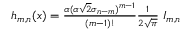
\begin{array} { r } { h _ { m , n } ( x ) = \frac { \alpha ( \alpha \sqrt { 2 } \sigma _ { n - m } ) ^ { m - 1 } } { ( m - 1 ) ! } \frac { 1 } { 2 \sqrt { \pi } } \ I _ { m , n } } \end{array}